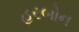
હરબોન